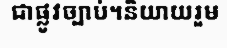
ជាផ្លូវច្បាប់។និយាយរួម